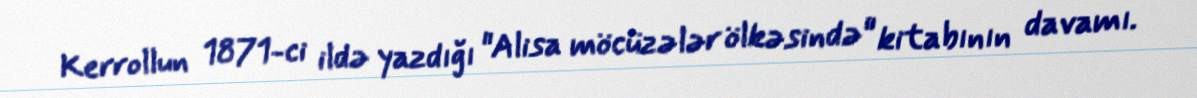
Kerrollun 1871-ci ildə yazdığı "Alisa möcüzələr ölkəsində" kitabının davamı.